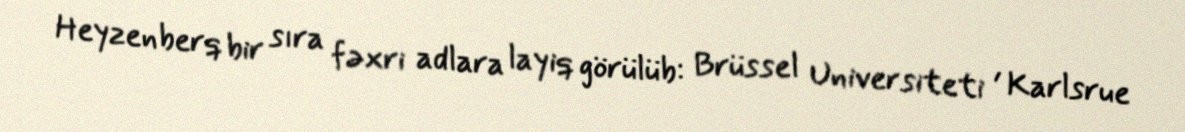
Heyzenberq bir sıra fəxri adlara layiq görülüb: Brüssel Universiteti , Karlsrue